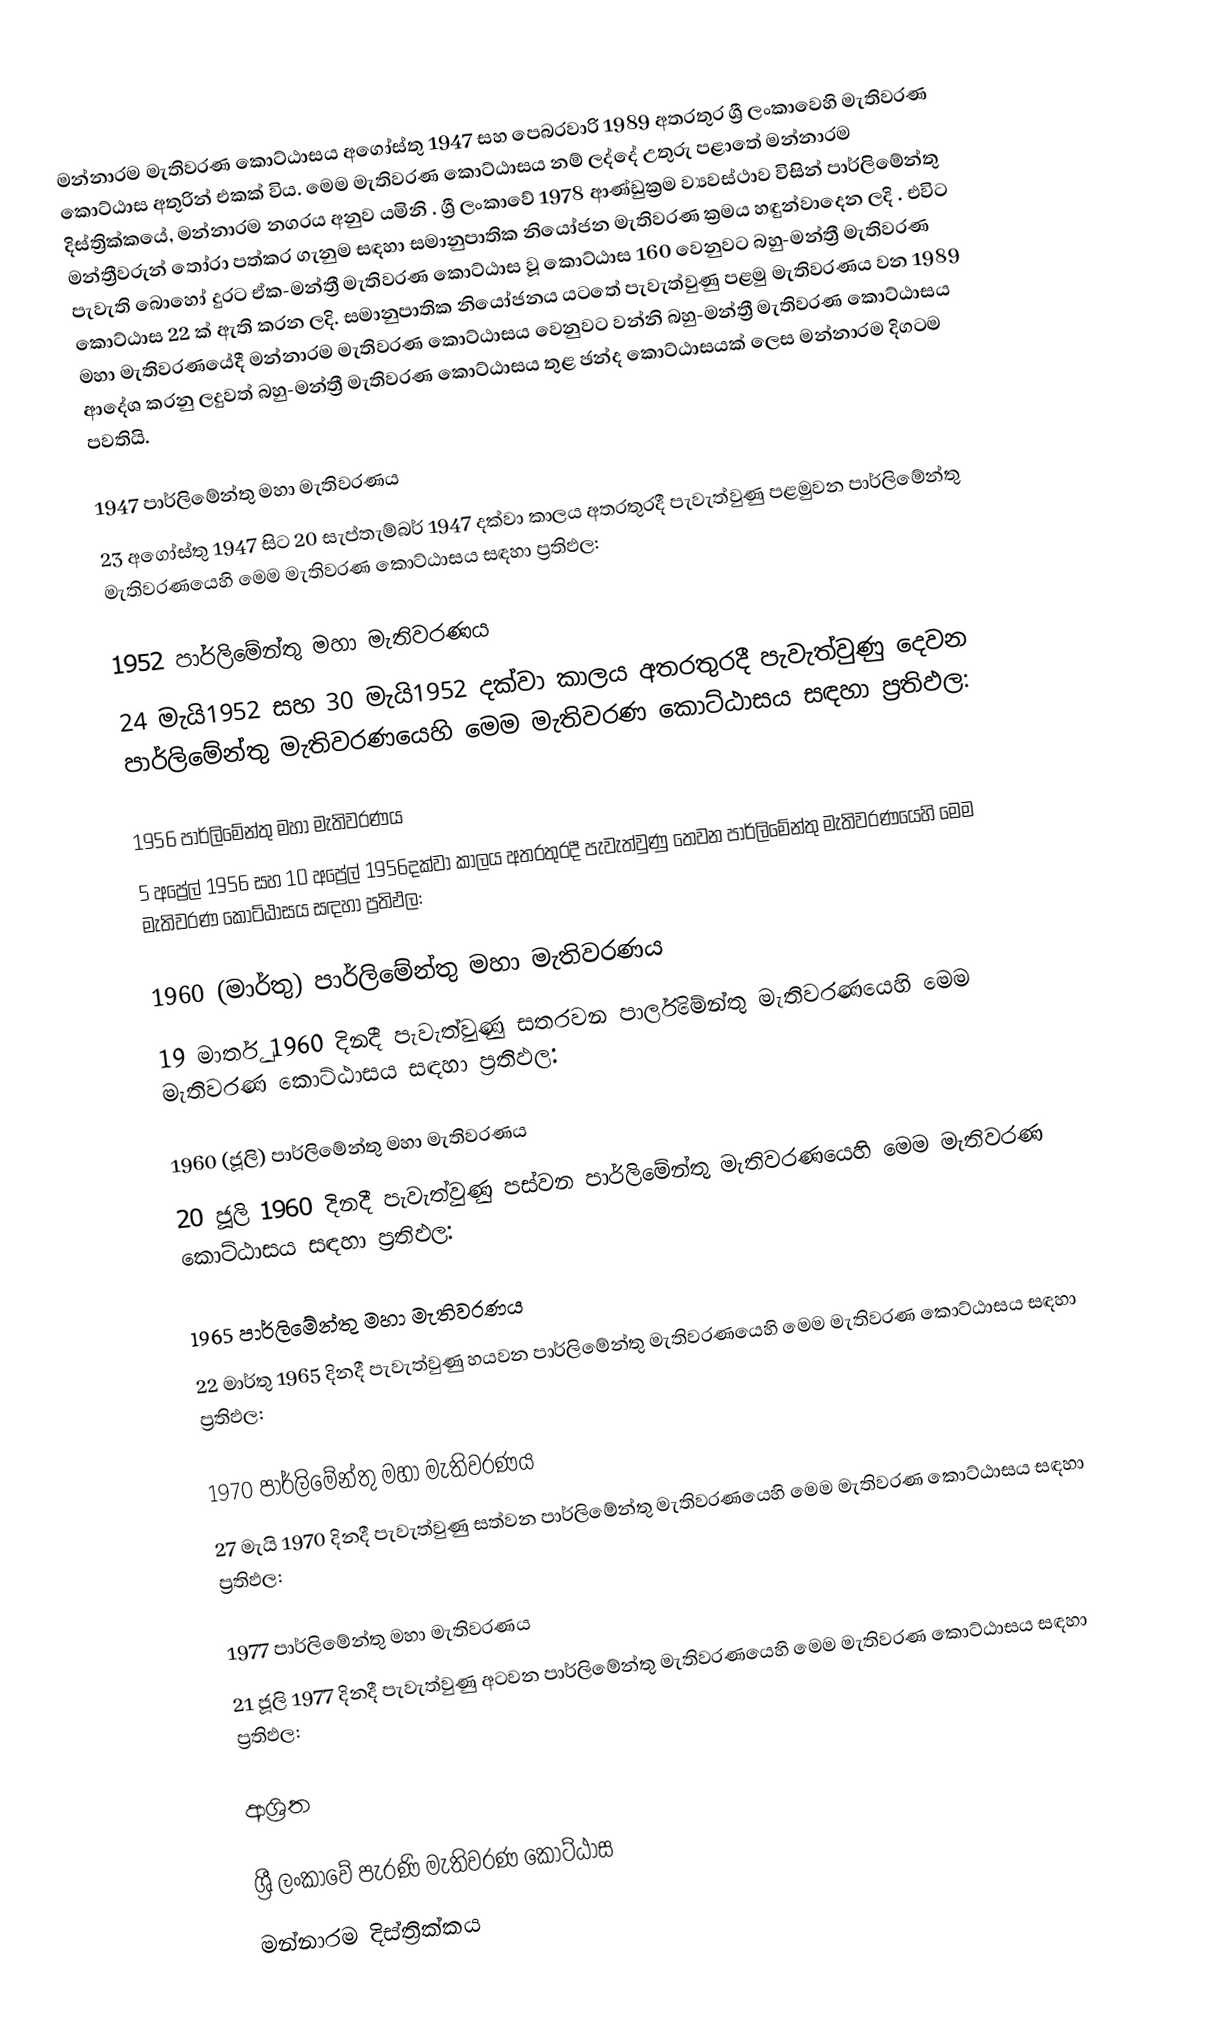
මන්නාරම මැතිවරණ කොට්ඨාසය  අගෝස්තු 1947 සහ පෙබරවාරි 1989 අතරතුර  ශ්‍රී ලංකාවෙහි  මැතිවරණ කොට්ඨාස අතුරින් එකක් විය. මෙම මැතිවරණ කොට්ඨාසය නම් ලද්දේ උතුරු පළාතේ  මන්නාරම දිස්ත්‍රික්කයේ,  මන්නාරම නගරය අනුව යමිනි . ශ්‍රී ලංකාවේ 1978 ආණ්ඩුක්‍රම ව්‍යවස්ථාව විසින්   පාර්ලිමේන්තු මන්ත්‍රීවරුන් තෝරා පත්කර ගැනුම සඳහා සමානුපාතික නියෝජන මැතිවරණ ක්‍රමය හඳුන්වාදෙන ලදි . එවිට පැවැති බොහෝ දුරට  ඒක-මන්ත්‍රී මැතිවරණ කොට්ඨාස වූ කොට්ඨාස 160 වෙනුවට බහු-මන්ත්‍රී මැතිවරණ කොට්ඨාස 22 ක් ඇති කරන ලදි. සමානුපාතික නියෝජනය යටතේ පැවැත්වුණු පළමු මැතිවරණය වන 1989 මහා මැතිවරණයේදී  මන්නාරම මැතිවරණ කොට්ඨාසය වෙනුවට  වන්නි බහු-මන්ත්‍රී මැතිවරණ කොට්ඨාසය  ආදේශ කරනු ලදුවත් බහු-මන්ත්‍රී මැතිවරණ කොට්ඨාසය තුළ ඡන්ද කොට්ඨාසයක් ලෙස මන්නාරම දිගටම පවතියි.

1947 පාර්ලිමේන්තු මහා මැතිවරණය
23 අගෝස්තු 1947 සිට 20 සැප්තැම්බර් 1947 දක්වා කාලය අතරතුරදී පැවැත්වුණු  පළමුවන පාර්ලිමේන්තු මැතිවරණයෙහි මෙම මැතිවරණ කොට්ඨාසය සඳහා ප්‍රතිඵල:

1952 පාර්ලිමේන්තු මහා මැතිවරණය
24 මැයි1952 සහ 30 මැයි1952 දක්වා කාලය අතරතුරදී පැවැත්වුණු  දෙවන පාර්ලිමේන්තු මැතිවරණයෙහි මෙම මැතිවරණ කොට්ඨාසය සඳහා ප්‍රතිඵල:

1956 පාර්ලිමේන්තු මහා මැතිවරණය
5 අප්‍රේල් 1956 සහ 10 අප්‍රේල් 1956දක්වා කාලය අතරතුරදී පැවැත්වුණු  තෙවන පාර්ලිමේන්තු මැතිවරණයෙහි මෙම මැතිවරණ කොට්ඨාසය සඳහා ප්‍රතිඵල:

1960 (මාර්තු) පාර්ලිමේන්තු මහා මැතිවරණය
19 මාර්තු 1960 දිනදී පැවැත්වුණු  සතරවන පාර්ලිමේන්තු මැතිවරණයෙහි මෙම මැතිවරණ කොට්ඨාසය සඳහා ප්‍රතිඵල:

1960 (ජූලි) පාර්ලිමේන්තු මහා මැතිවරණය
20 ජූලි 1960 දිනදී පැවැත්වුණු  පස්වන පාර්ලිමේන්තු මැතිවරණයෙහි මෙම මැතිවරණ කොට්ඨාසය සඳහා ප්‍රතිඵල:

1965 පාර්ලිමේන්තු මහා මැතිවරණය
22 මාර්තු 1965  දිනදී පැවැත්වුණු  හයවන පාර්ලිමේන්තු මැතිවරණයෙහි මෙම මැතිවරණ කොට්ඨාසය සඳහා ප්‍රතිඵල:

1970 පාර්ලිමේන්තු මහා මැතිවරණය
27 මැයි 1970 දිනදී පැවැත්වුණු  සත්වන පාර්ලිමේන්තු මැතිවරණයෙහි මෙම මැතිවරණ කොට්ඨාසය සඳහා ප්‍රතිඵල:

1977 පාර්ලිමේන්තු මහා මැතිවරණය
21 ජූලි 1977 දිනදී පැවැත්වුණු  අටවන පාර්ලිමේන්තු මැතිවරණයෙහි මෙම මැතිවරණ කොට්ඨාසය සඳහා ප්‍රතිඵල:

ආශ්‍රිත

ශ්‍රී ලංකාවේ පැරණි මැතිවරණ කොට්ඨාස
මන්නාරම දිස්ත්‍රික්කය